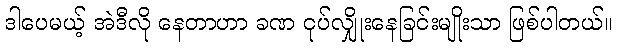
ဒါပေမယ့် အဲဒီလို နေတာဟာ ခဏ ငုပ်လျှိုးနေခြင်းမျိုးသာ ဖြစ်ပါတယ်။